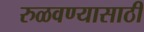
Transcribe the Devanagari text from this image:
रुळवण्यासाठी